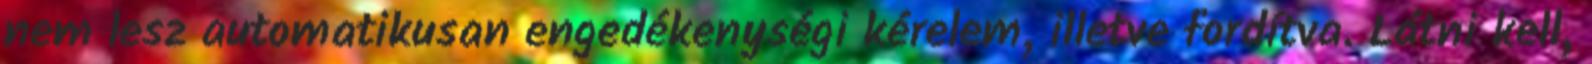
nem lesz automatikusan engedékenységi kérelem, illetve fordítva. Látni kell,